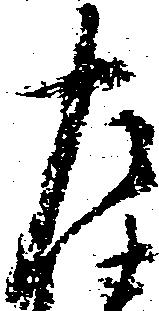
左